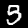
Label: 5